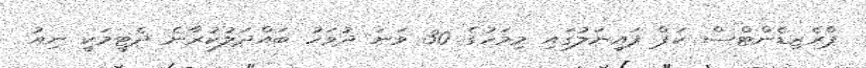
ޕްރެޒިޑެންޓްސް ކަޕް ފައިނަލުގައި މިމަހުގެ 30 ވަނަ ދުވަހު ބައްދަލުކުރާނެ ދެޓީމަކީ ނިއު